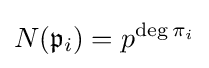
N({\mathfrak {p}}_{i})=p^{\deg \pi _{i}}